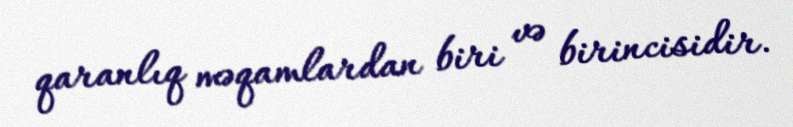
qaranlıq məqamlardan biri və birincisidir.